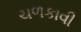
ચળકાવી